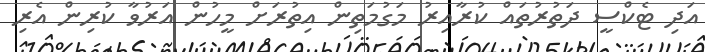
އަދި ޓެކްސީ ދަތުރުތައް ކުރާއިރު މަގުމަތިން އިތުރަށް މީހުން އަރުވާ ކުރިން އެރި